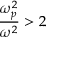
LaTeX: { \frac { \omega _ { p } ^ { 2 } } { \omega ^ { 2 } } } > 2